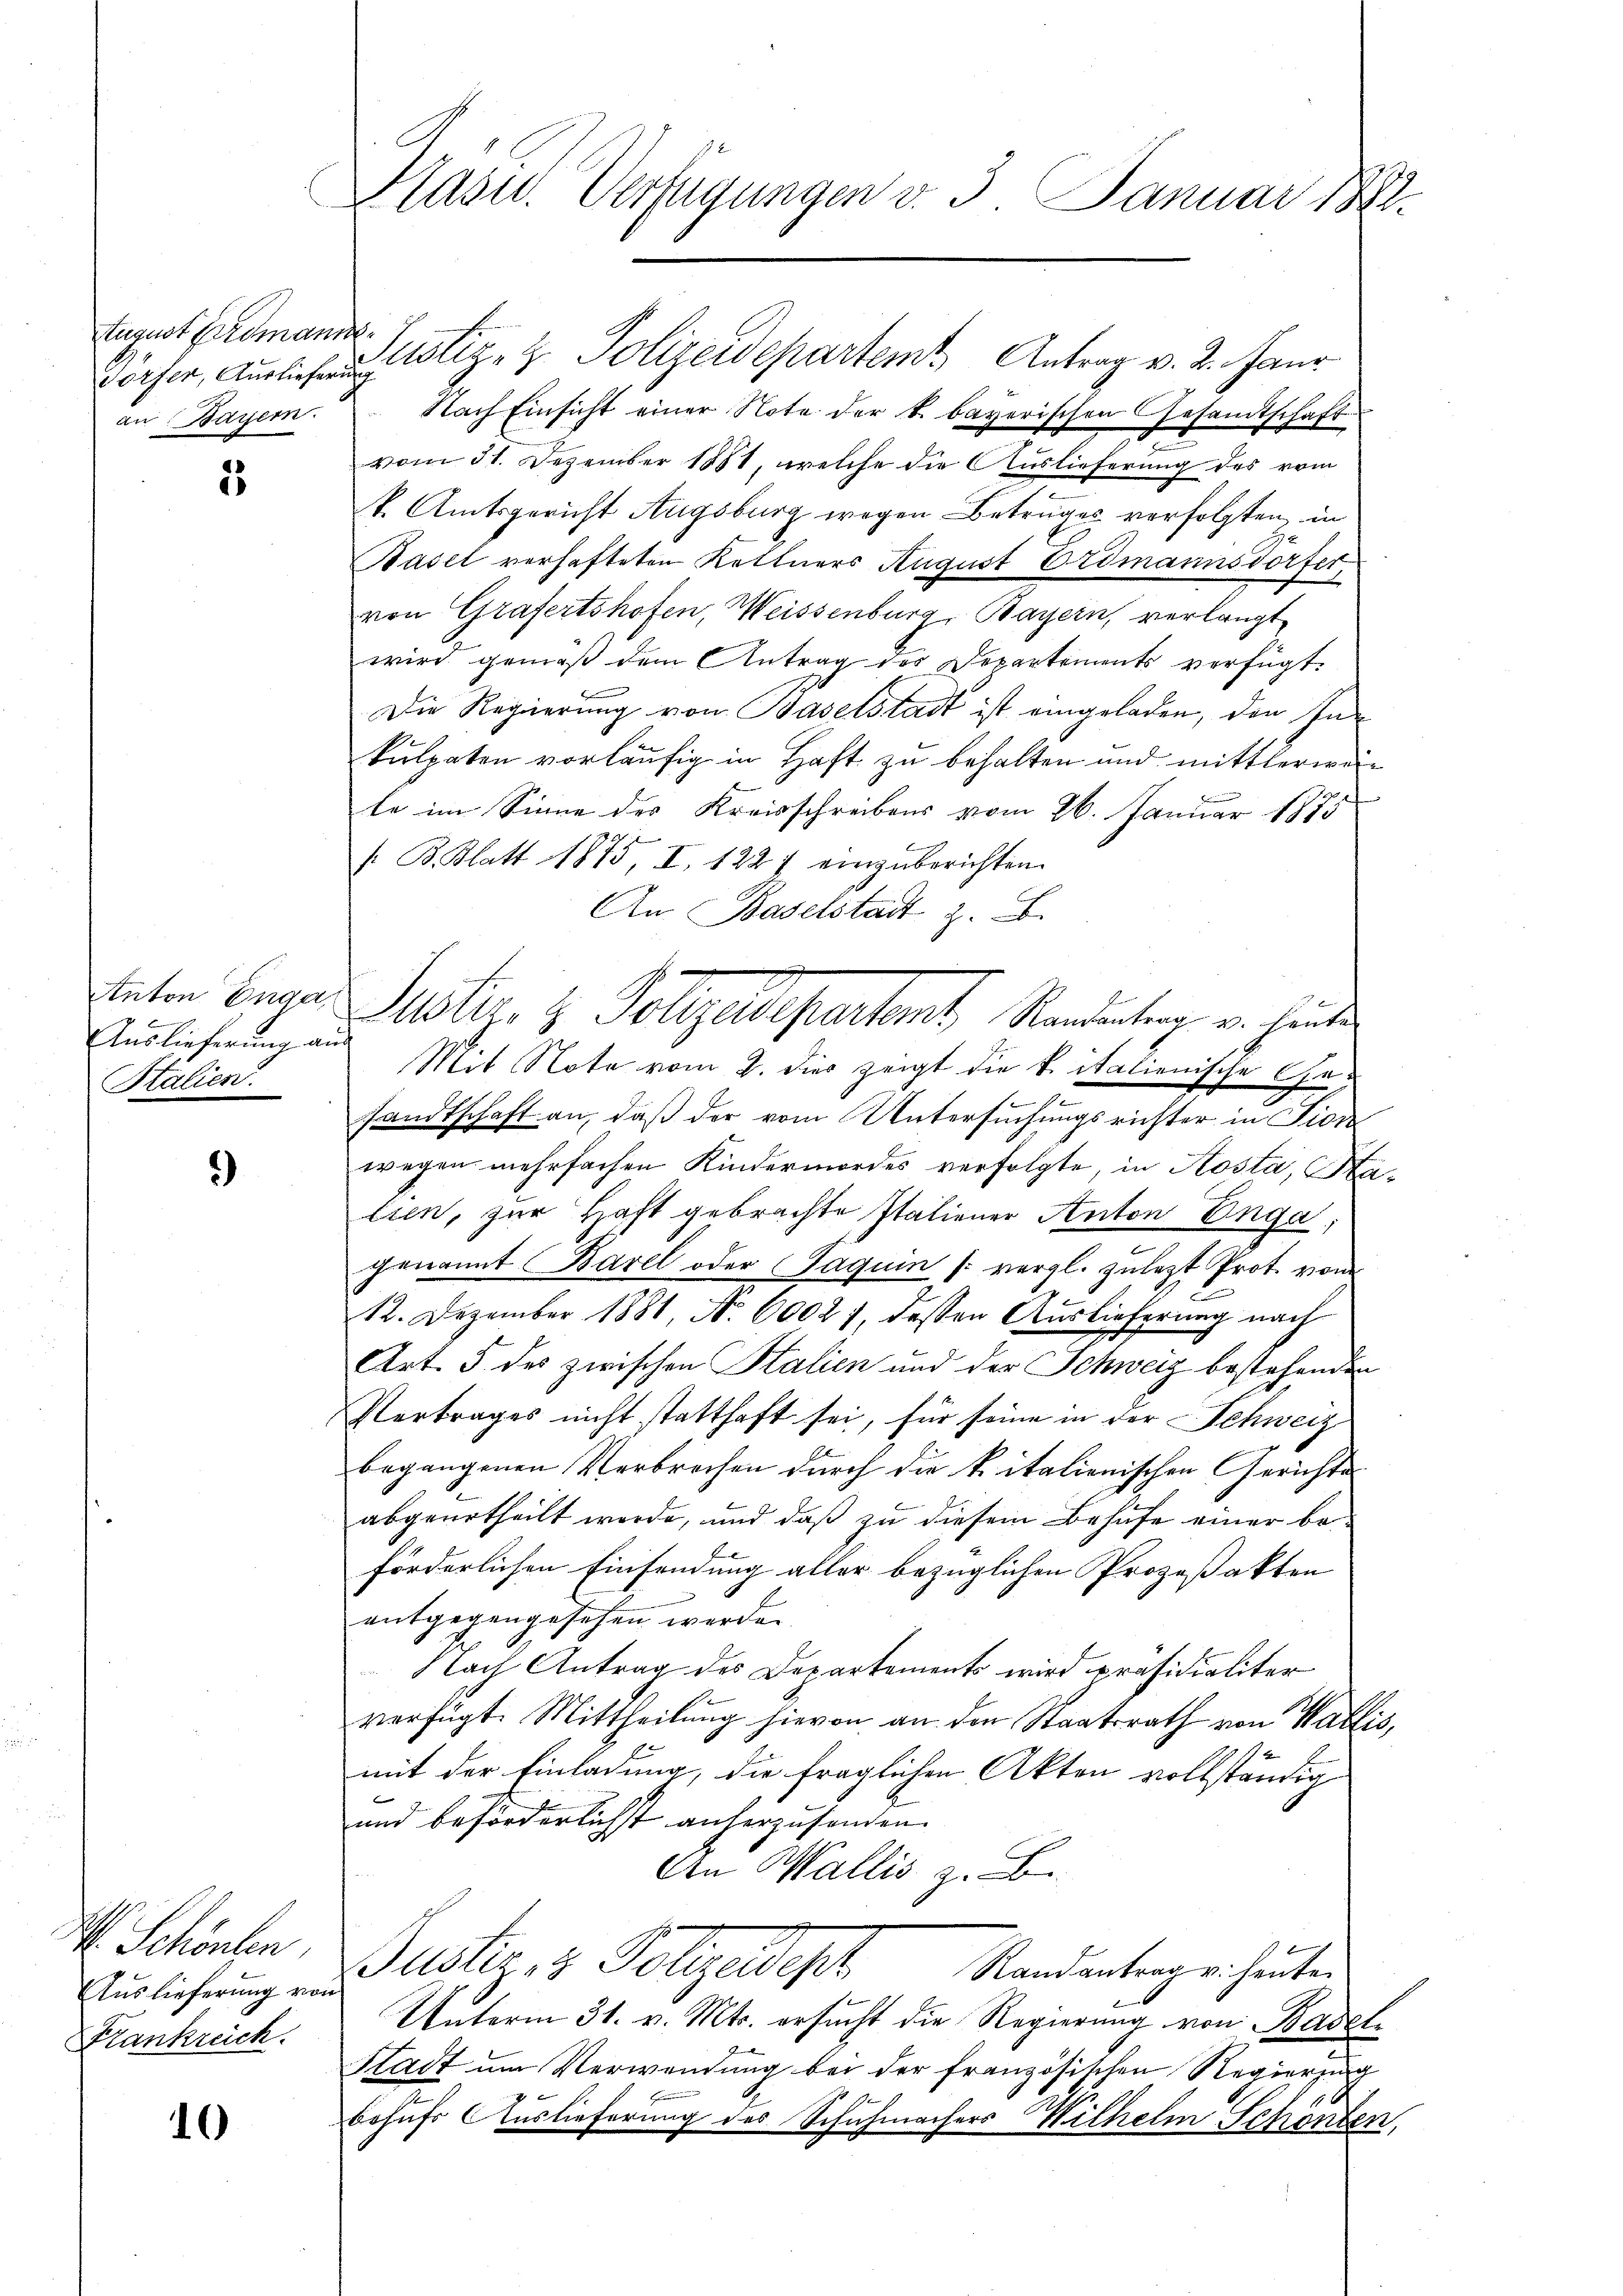
tugust Erdmannsan Bayern.

2

Auslieferung aus
Salien.

)

H. Schönen,
Auslieferung von
Frankreich.

10

Pasu. Verfügungen v. 3. Januar 1882

Dörfer, Auslastiz- & Polizeidepartem Antrag v. 2. Haus
Nach Einsicht einer Note der k. bayerischen Gesandtschaft
vom 31. Dezember 1881, welche die Auslieferung des vom
k. Amtsgericht Augsburg wegen Betruges verfolgten, in
Basel verhafteten Kettners August Erdmannsdorfer
von Grafertshofen, Weissenburg, Bayern, verlangt
wird gemäß dem Antrag des Departements verfügt:
Die Regierung von Baselstadt ist eingeladen, den Inkulpaten vorläufig in Haft zu behalten und mittlerworle im Sinne des Kreisschreibens vom 26. Januar 1875
/ B. Blatt 1875, I. 1227 einzuberichten.
An Baselstadt z. B.
Mit Note vom 2. dies zeigt die v. italienische Gesandtschaft an, daß der vom Untersuchungsrichter in Fide
wegen mehrfachen Kindermordes verfolgte, in Kosta, Kalien, zur Haft gebrachte Italiener Anton Enga,
.
genannt Barel oder (Jaquin (vergl. zulezt Prot. vom
12. Dezember 1881, No. 60027, dessen Auslieferung nach
Art. 5 des zwischen Stalien und der Schweiz bestehenden
Pertrages nicht statthaft sei, für seine in der Schweiz
begangenen Verbrechen durch die kitalienischen Gerichte
abgeurtheilt werde, und daß zu diesem Behufe einer beförderlichen Einsendung aller bezüglichen Prozeßakten
entgegengesehen werde.
Nach Antrag des Departements wird präsidialiter
verfügt. Mittheilung hievon an den Staatsrath von Wallis,
mit der Einladung, die fraglichen Akten vollständig
und beförderlichst anherzusenden. |
An Wallis z. B.
Guster, u. Folgendesh
Randantrag u. heute.
Unterm 31. v. Mts. ersucht die Regierung von Basel¬
Stadt um Verwendung bei der französischen Regierung
behufs Auslieferung des Schuhmachers Wilhelm Schonten,

teten Enge Justiz- & Pollgardepartamt Randeutung u. hinte